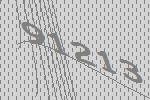
91213